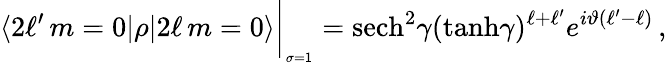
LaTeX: \langle 2\ell^{\prime}\, m=0\vert\rho\vert 2\ell\, m=0\rangle\bigg\vert_{_{\sigma=1}}=\mathrm{sech}^{2}\gamma(\mathrm{tanh}\gamma)^{\ell+\ell^{\prime}}e^{i\vartheta(\ell^{\prime}-\ell)}\, ,